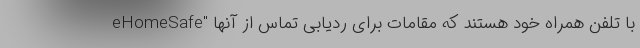
eHomeSafe" با تلفن همراه خود هستند که مقامات برای ردیابی تماس از آنها